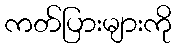
ကတ်ပြားများကို